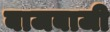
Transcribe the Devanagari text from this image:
बाजबाजी